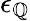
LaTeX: \epsilon_{\mathbb{Q}}